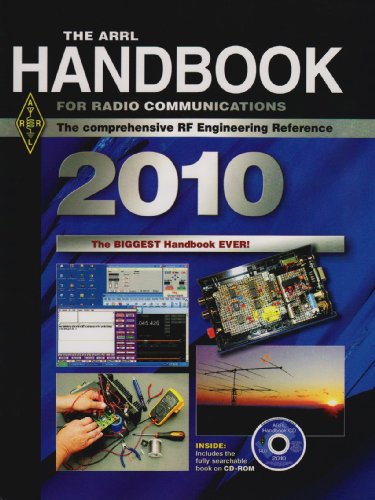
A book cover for The ARRL Handbook for Radio Communications 2010; American Radio Relay League; Humor & Entertainment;